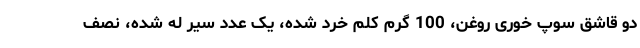
دو قاشق سوپ خوری روغن، 100 گرم کلم خرد شده، یک عدد سیر له شده، نصف